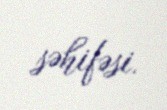
səhifəsi.